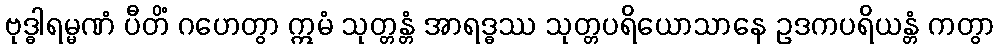
ဗုဒ္ဓါရမ္မဏံ ပီတိံ ဂဟေတွာ ဣမံ သုတ္တန္တံ အာရဒ္ဓဿ သုတ္တပရိယောသာနေ ဥဒကပရိယန္တံ ကတွာ